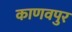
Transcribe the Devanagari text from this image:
काणवपुर